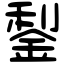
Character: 鋫